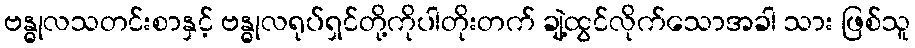
ဗန္ဓုလသတင်းစာနှင့် ဗန္ဓုလရုပ်ရှင်တို့ကိုပါတိုးတက် ချဲ့ထွင်လိုက်သောအခါ သား ဖြစ်သူ